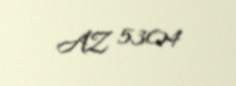
AZ 5304